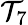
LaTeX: \mathcal{T}_{7}